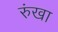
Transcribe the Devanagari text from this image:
रुंखा